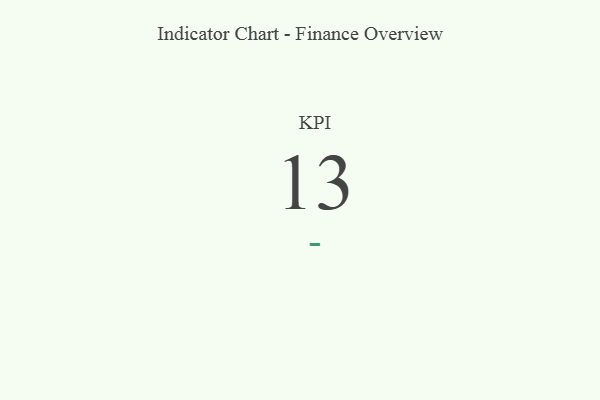
{"axis": {"x": "KPI", "y": "Value"}, "legend": [""], "data": [{"x": "KPI", "y": 13, "type": ""}]}